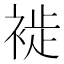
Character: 𧚺